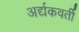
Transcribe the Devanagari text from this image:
अर्द्यकवर्ती